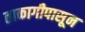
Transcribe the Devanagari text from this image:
ताकागीपासून